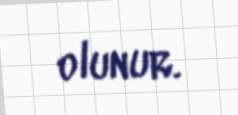
olunur.